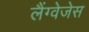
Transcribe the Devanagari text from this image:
लैंग्वेजेस